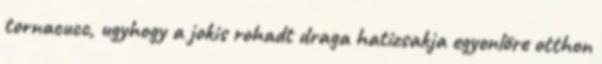
tornacucc, ugyhogy a jokis rohadt draga hatizsakja egyenlöre otthon